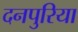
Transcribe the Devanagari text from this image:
दनपुरिया